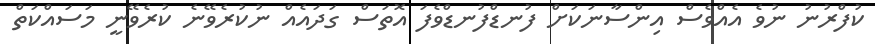
ކުފްރުނު ނުވެ އެއްވެސް އިންސާނަކަށް ފުނޑްފުނޑްވެފަ އޮތަސް ގަދައެއް ނުކުރެވޭނެ ކުރެވޭނީ މަސައްކަތް